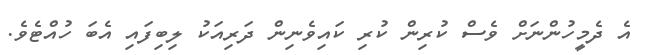
އެ ދެމީހުންނަށް ވެސް ކުރިން ކުރި ކައިވެނިން ދަރިއަކު ލިބިފައި އެބަ ހުއްޓެވެ.